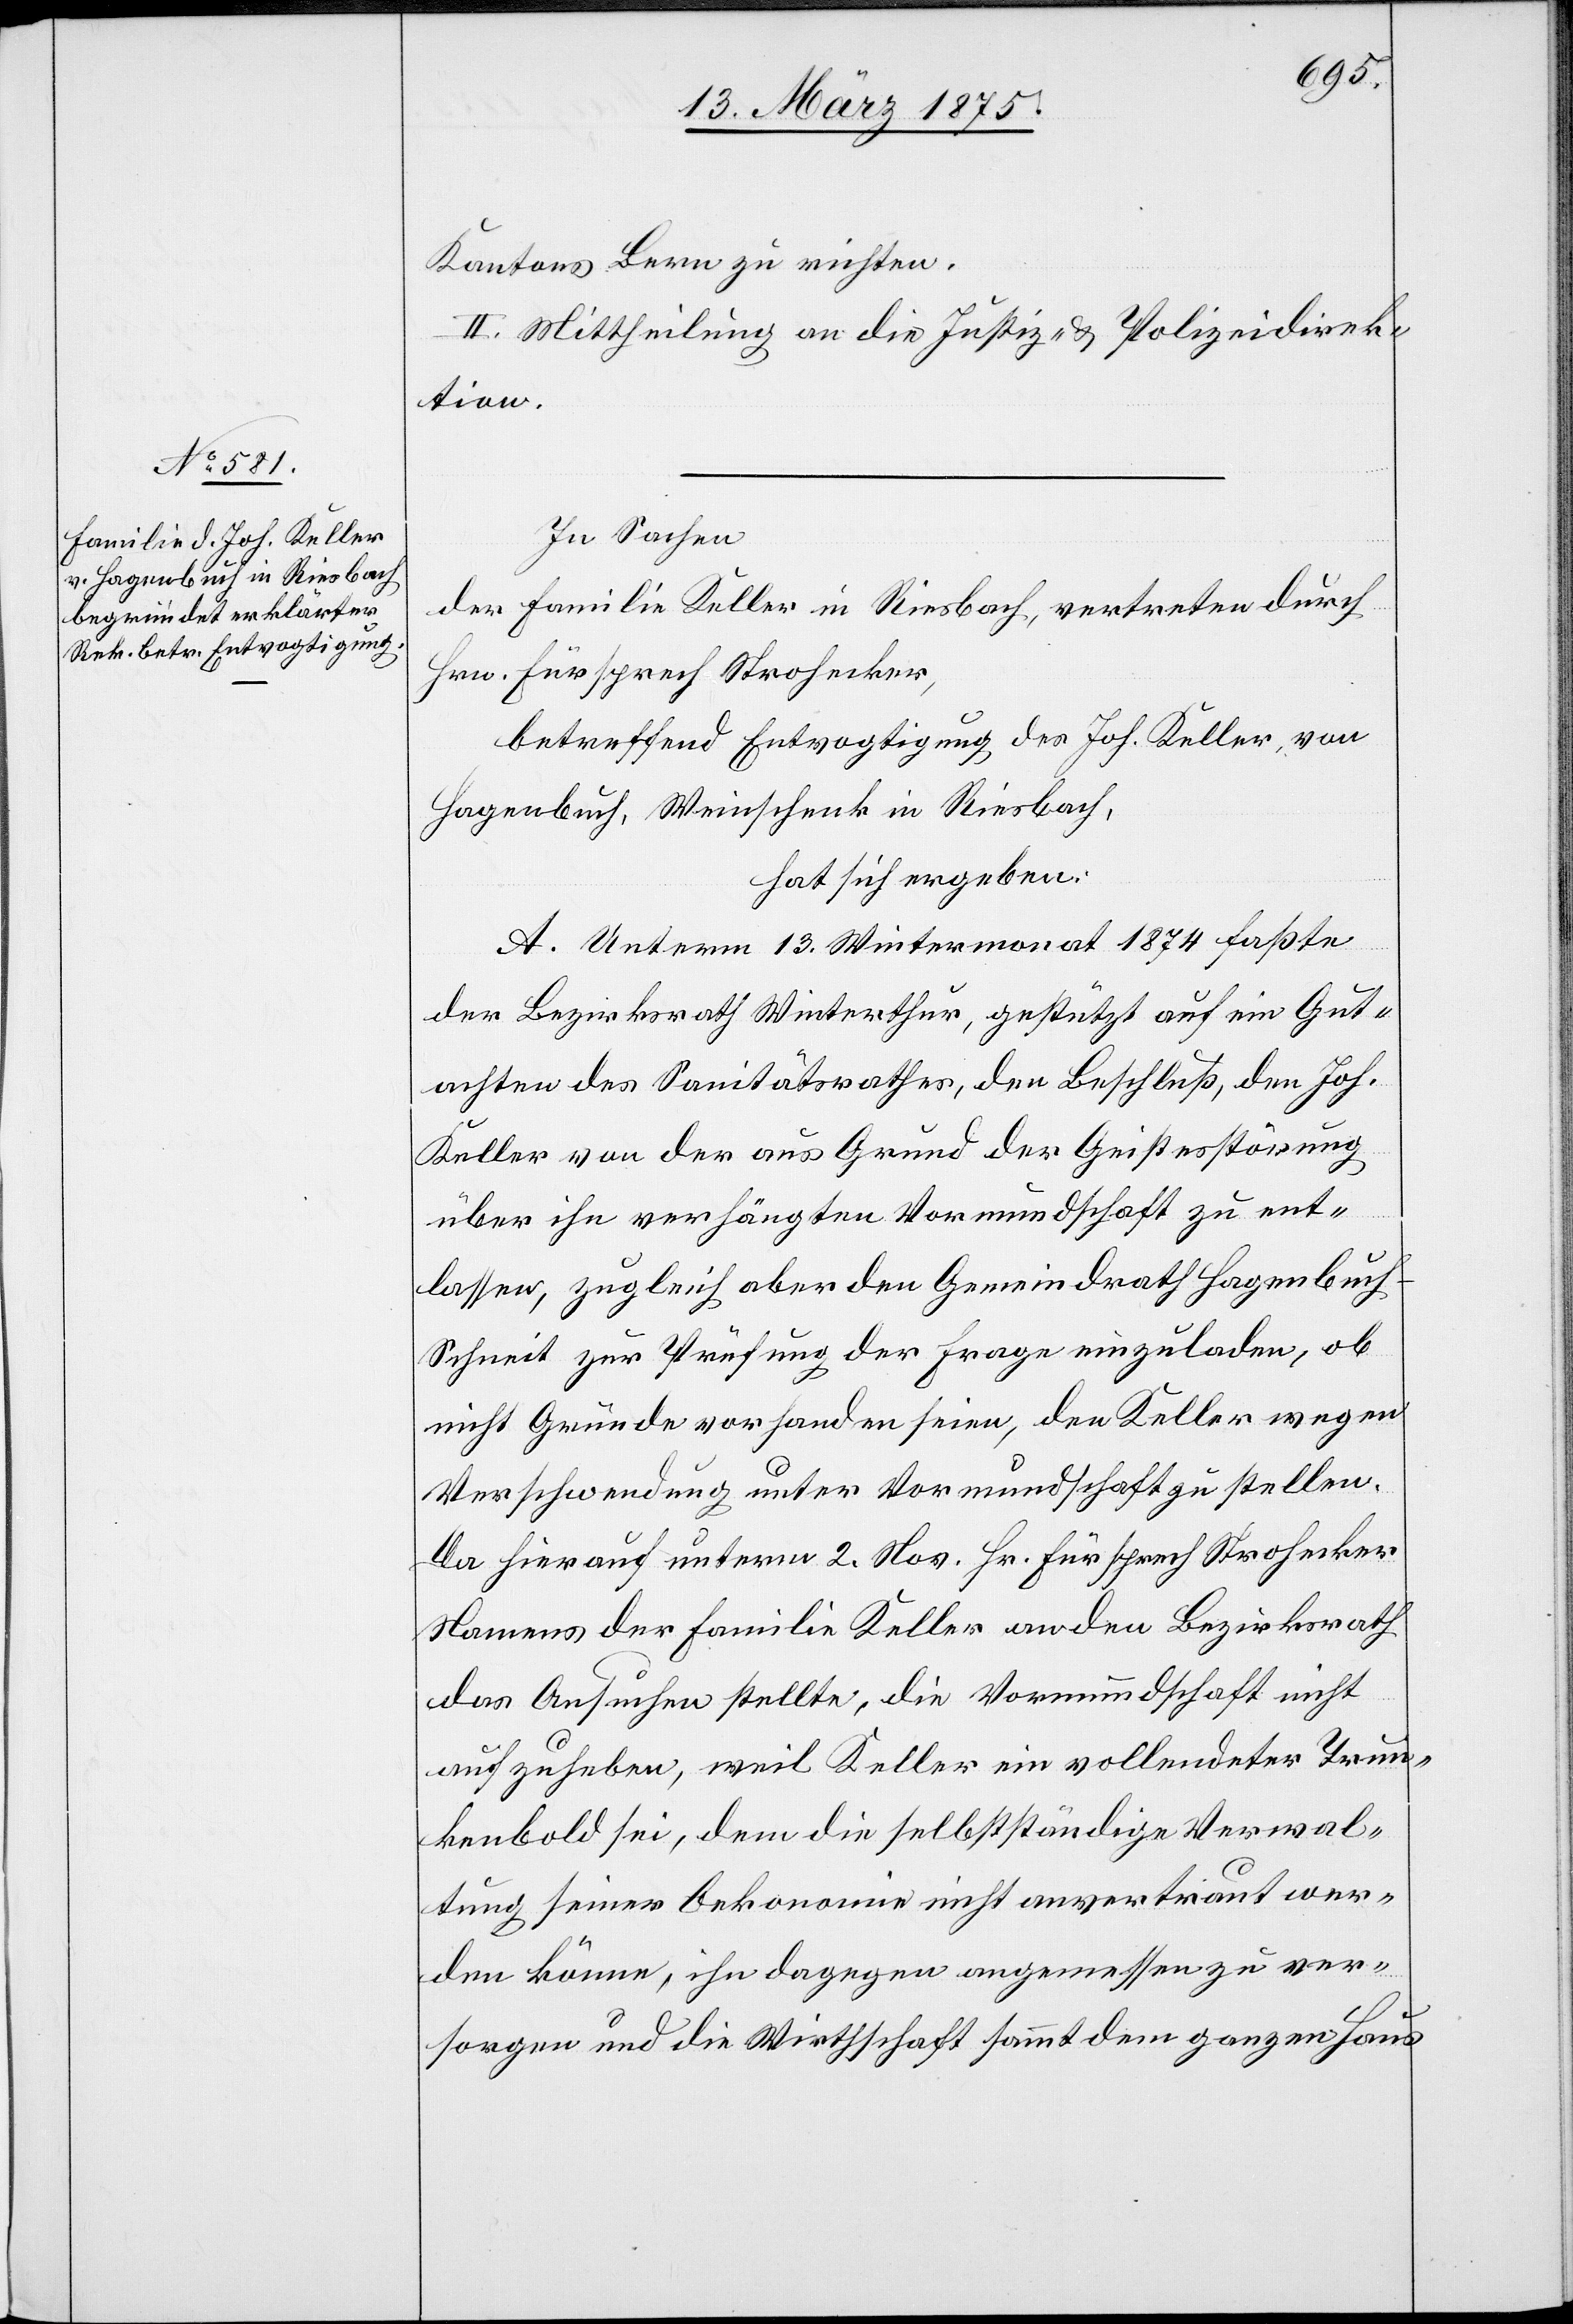
Kantons Bern zu machen.